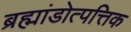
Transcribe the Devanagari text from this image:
ब्रह्मांडोत्पत्तिक